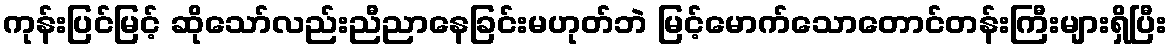
ကုန်းပြင်မြင့် ဆိုသော်လည်းညီညာနေခြင်းမဟုတ်ဘဲ မြင့်မောက်သောတောင်တန်းကြီးများရှိပြီး